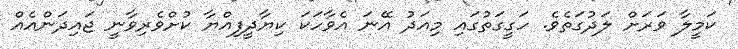
ކަމީލާ ވަރަށް ލަދުގަތެވެ. ހަގީގަތުގައި މިއަދު އޭނަ އެވާހަކަ ކިޔާދީފިއްޔާ ކުށްވެރިވާނީ ޖައިދަންއެއް